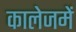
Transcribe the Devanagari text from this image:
कालेजमें